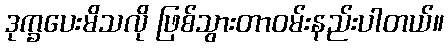
ဒုက္ခပေးမိသလို ဖြစ်သွားတာဝမ်းနည်းပါတယ်။